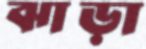
ঝাড়া